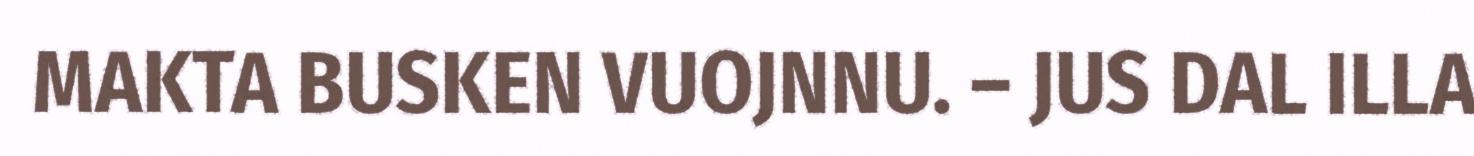
MAKTA BUSKEN VUOJNNU. – JUS DAL ILLA